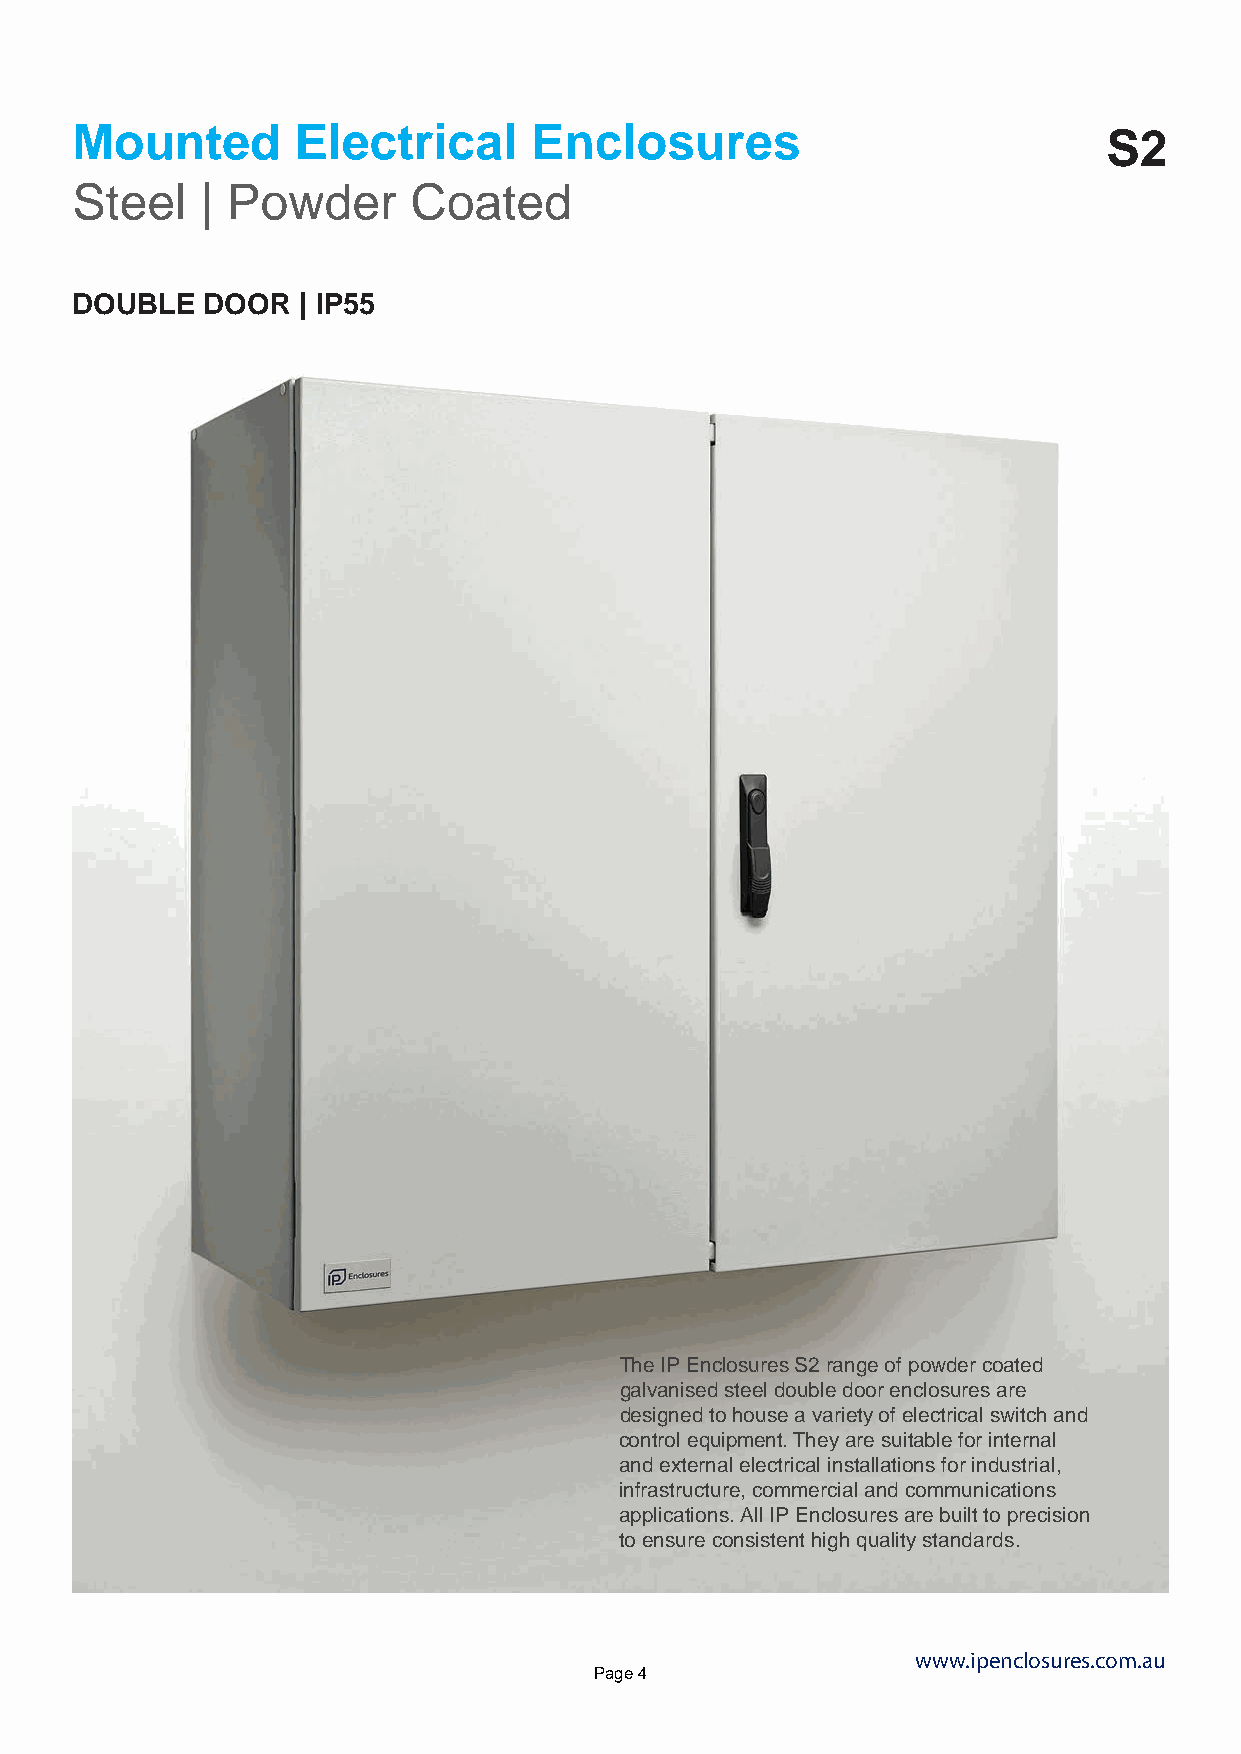
Mounted       Electrical      Enclosures                            S2
 Steel   | Powder      Coated
 DOUBLE  DOOR   | IP55
 The IP Enclosures S2 range of powder coated
 galvanised steel double door enclosures are
 designed to house a variety of electrical switch and
 control equipment. They are suitable for internal
 and external electrical installations for industrial,
 infrastructure, commercial and communications
 applications. All IP Enclosures are built to precision
 to ensure consistent high quality standards.
 www.ipenclosures.com.au
 Page 4